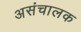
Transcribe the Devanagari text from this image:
असंचालक